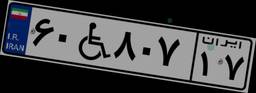
۶۰W۸۰۷۱۷